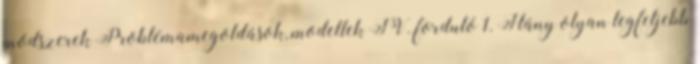
módszerek Problémamegoldások, modellek IV. forduló 1. Hány olyan legfeljebb